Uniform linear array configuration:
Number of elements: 16
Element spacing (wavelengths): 1
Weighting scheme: hamming
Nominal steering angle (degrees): -45
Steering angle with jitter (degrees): -45.164
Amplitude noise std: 0.05
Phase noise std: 0.05

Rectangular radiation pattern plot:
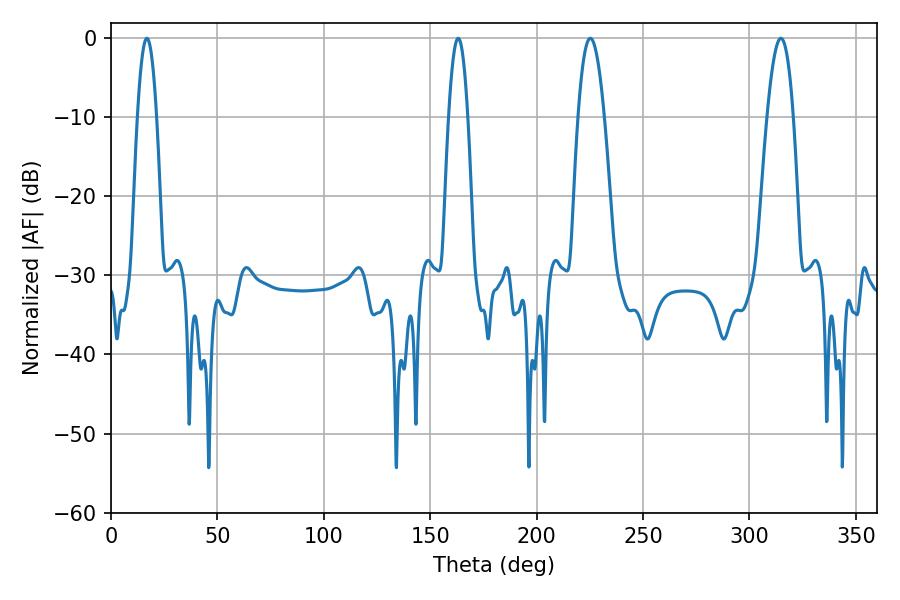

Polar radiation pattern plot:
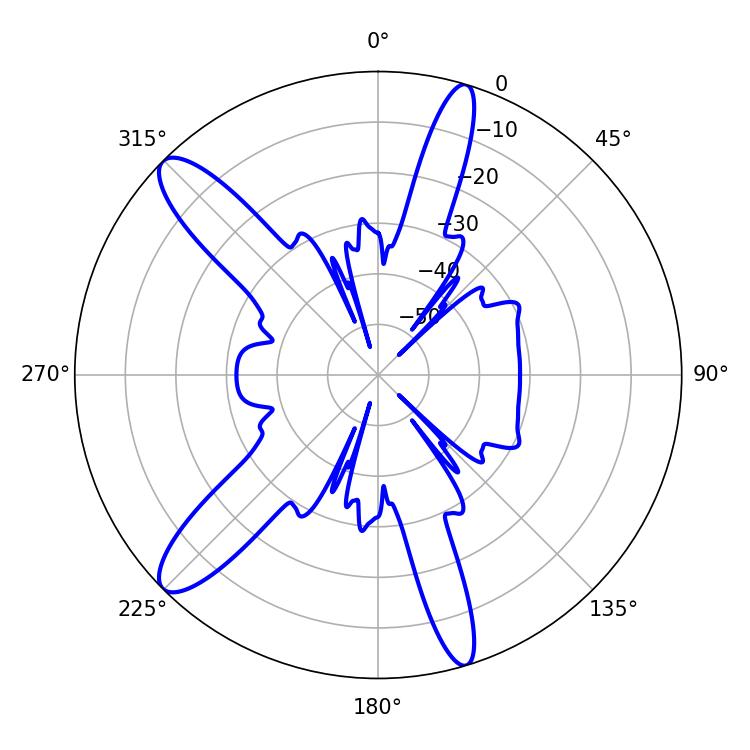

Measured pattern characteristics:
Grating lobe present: TRUE
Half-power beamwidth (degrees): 6.84
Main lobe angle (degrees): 225.18